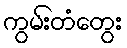
ကွမ်းတံတွေး